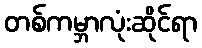
တစ်ကမ္ဘာလုံးဆိုင်ရာ